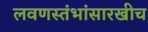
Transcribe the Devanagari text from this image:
लवणस्तंभांसारखीच